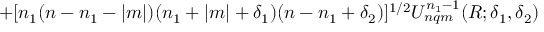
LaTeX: + [ n _ { 1 } ( n - n _ { 1 } - | m | ) ( n _ { 1 } + | m | + \delta _ { 1 } ) ( n - n _ { 1 } + \delta _ { 2 } ) ] ^ { 1 / 2 } U _ { n q m } ^ { n _ { 1 } - 1 } ( R ; \delta _ { 1 } , \delta _ { 2 } )